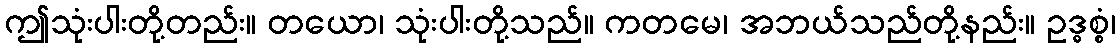
ဤသုံးပါးတို့တည်း။ တယော၊ သုံးပါးတို့သည်။ ကတမေ၊ အဘယ်သည်တို့နည်း။ ဥဒ္ဓစ္စံ၊